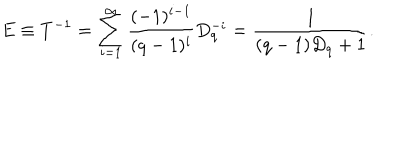
E \equiv T ^ { - 1 } = \sum _ { i = 1 } ^ { \infty } \frac { ( - 1 ) ^ { i - 1 } } { ( q - 1 ) ^ { i } } D _ { q } ^ { - i } = \frac 1 { ( q - 1 ) D _ { q } + 1 } .